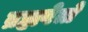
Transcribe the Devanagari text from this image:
ब्रह्मवेत्ते